Annual statistical returns and brief notes on vaccination in Bengal - 1909-1929
Year: 1909
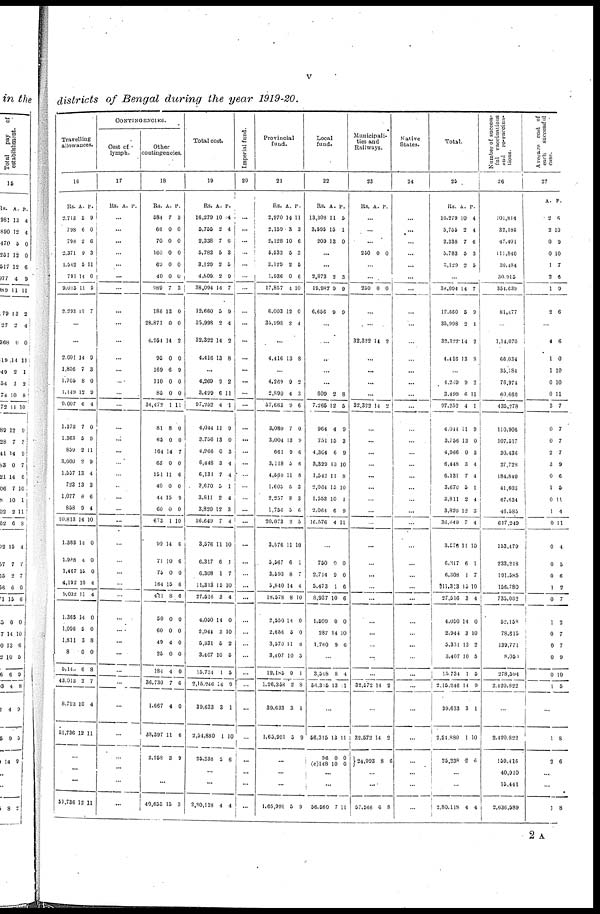
v
districts of Bengal during the year 1919-20.
Travelling
allowances.
16
Rs.
2,713
798
798
2,371
1,542
791
9,015
2,293
A.
5
6
2
9
5
14
11
11
P.
9
0
6
3
11
0
5
7
...
...
2,001
1,856
1,705
1,149
9,007
1,373
1,363
859
3,000
1,557
723
1,077
858
10,813
1,383
1,988
1,467
4,192
9,032
1,365
1,096
1,811
8
5,140
43,013
8,723
51,736
14
7
8
12
6
7
5
2
2
13
13
8
9
14
14
4
15
10
11
14
5
3
0
6
2
10
12
9
3
0
9
4
0
9
11
9
4
3
6
4
10
0
0
0
4
4
0
0
8
0
8
7
4
11
...
...
...
51,736 12 11
CONTINGENCIES.
Cost of
lymph.
17
Rs. A. P.
...
...
...
...
...
...
...
...
...
...
...
...
...
...
...
...
...
...
...
...
...
...
...
...
...
...
...
...
...
...
...
...
...
...
...
...
...
...
...
...
....
Other
contingencies.
18
Rs.
584
66
70
160
69
40
989
186
28,871
4,954
95
169
110
85
34,472
81
65
164
65
151
40
44
60
673
99
71
75
164
411
50
60
49
25
184
36,730
1,667
38,397
2,258
A.
7
0
0
0
0
0
7
13
0
14
0
6
0
0
1
8
0
14
0
11
0
15
0
1
14
10
0
15
8
0
0
4
0
4
7
4
11
3
P.
3
0
0
0
0
0
3
0
0
2
0
9
0
0
11
0
0
7
0
6
0
9
0
10
6
6
0
6
6
0
0
0
0
0
6
0
6
9
...
...
40,655 15 3
Total cost.
19
Rs.
16,279
5,755
2,338
5,783
3,129
4,809
38,094
12,660
35,998
32,322
4,416
A.
10
2
7
5
2
2
14
5
2
14
13
P.
4
4
6
3
5
9
7
9
4
2
8
...
4,269
3,499
97,252
4,044
3,756
4,966
6,448
6,131
3,670
3,811
3,820
36,649
3,576
6,317
6,308
11,313
27,516
4,050
2,944
5,331
3,407
15,734
2,15,246
39,633
2,54,880
25,238
9
6
4
11
13
0
3
7
5
2
12
7
11
6
1
15
3
14
3
5
10
1
14
8
1
2
2
11
1
9
0
3
4
4
1
4
3
4
10
1
7
10
4
0
10
2
5
5
9
1
10
6
...
...
2,80,118 4 4
Imperial fund.
20
...
...
...
...
...
...
...
...
...
...
...
...
...
...
...
...
...
...
...
...
...
...
...
...
...
...
...
...
...
...
...
...
...
...
...
...
...
...
...
...
...
Provincial
fund.
21
Rs.
2,970
2,159
2,128
5,533
3,129
1,936
17,857
6,003
35,998
A.
14
3
10
5
2
0
4
12
2
P.
11
3
6
3
6
6
10
0
4
...
4,416 13 8
...
4,269
2,890
57,663
3,080
3,004
661
3,118
4,588
1,605
2,257
1,756
20,073
3,576
5,567
3,593
5,840
18,578
2,550
2,656
3,570
3,407
12,185
1,26,358
39,633
1,65,991
9
4
9
7
13
9
5
11
5
8
5
2
11
6
8
14
8
14
5
11
10
9
2
3
5
2
3
6
0
9
6
6
8
3
3
6
5
10
1
7
4
10
0
0
8
5
1
8
1
9
...
...
...
1,65,991 5 9
Local
fund.
22
Rs.
13,308
3,595
209
A.
11
15
13
P.
5
1
0
...
...
2,873
19,987
6,656
2
9
9
3
9
9
...
...
...
...
...
609
7,265
964
751
4,304
3,329
1,542
2,064
1,553
2,064
16,576
2
12
4
15
6
13
11
15
10
6
4
8
5
9
3
9
10
8
10
1
9
11
...
750
2,714
5,473
8,937
1,500
287
1,760
9
9
1
10
0
14
9
0
0
6
6
0
10
6
...
3,548
56,315
8
13
4
11
...
56,315
96
(c)146
13
0
10
11
0
0
...
...
56,560 7 11
Municipali-
ties and
Railways.
23
Rs. A. P.
...
...
...
250 0 0
...
...
250 0 0
...
...
32,322 14 2
...
...
...
...
32,322 14 2
...
...
...
...
...
...
...
...
...
...
...
...
...
...
...
...
...
...
...
32,572 14 2
...
32,572
24,993
14
8
2
6
...
...
57,566 6 8
Native
States.
24
...
...
...
...
...
...
...
...
...
...
...
...
...
...
...
...
...
...
...
...
...
...
...
...
...
...
...
...
...
...
...
...
...
...
...
...
...
...
...
...
...
Total.
25
Rs.
16,279
5,755
2,338
5,783
3,129
A.
10
2
7
5
2
P.
4
4
6
3
5
...
38,094
12,660
35,998
32,322
4,416
14
5
2
14
13
7
9
4
2
8
...
1,269
3,499
97,252
4,044
3,756
4,966
6,448
6,131
3,670
3,811
3,820
36,649
3,576
6,317
6,308
511,313
27,516
4,050
2,944
5,331
3,407
15,734
2,15,246
39,633
2,54,880
25,238
9
6
4
11
13
0
3
7
5
2
12
7
11
6
1
15
3
14
3
13
10
1
14
3
1
2
2
11
1
9
0
3
4
4
1
4
3
4
10
1
7
10
4
0
10
2
5
5
9
1
10
6
...
...
2,80,118 4 4
Number of success-
ful vaccinations
and
re-vaccina-
tions.
26
101,814
32,185
47,401
111,840
30,484
30,915
354,639
81,477
...
1,14,070
66,034
35,784
76,974
60,660
435,278
110,906
107,517
30,436
27,728
184,840
41,603
67,634
46,585
617,249
153,479
233,218
191,585
156,780
735,032
52,158
78,615
139,771
8,050
278,594
2,420,822
...
2,420,822
159,416
40,910
15,441
2,636,589
Average cost of
each
successful
case.
20
A.
2
2
0
0
1
2
1
2
...
4
1
1
0
0
3
0
0
2
3
0
1
0
1
0
0
0
0
1
0
1
0
0
0
0
1
P.
6
10
9
10
7
6
9
6
...
6
0
10
10
11
7
7
7
7
9
6
5
11
4
11
4
5
6
2
7
2
7
7
9
10
5
...
1
2
8
6
...
...
1 8
2 A